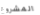
المشروع